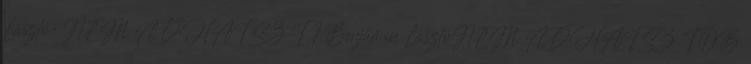
László: NEM ADHATSZ T 1 Benjámin LászlóNEM ADHATSZ TÖB